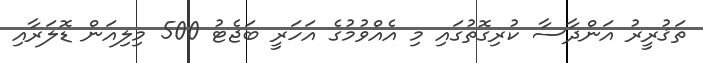
ތަޤުރީރު އަންދާސާ ކުރިގޮތުގައި މި އެއްވުމުގެ އަހަރީ ބަޖެޓު 500 މިލިއަން ޑޮލަރާއި